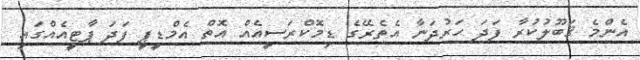
އެންމެ ޤަބޫލުކުރާ ފަދަ ހަރުދަނާ އެތެރޭގެ ޑިމޮކްރަސީއެއް އޮތް އެމްޑީޕީ ފަދަ ޕާޓީއެއްގައި